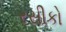
રસીકો